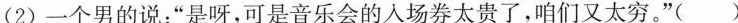
(2)一个男的说：”是呀，可是音乐会的入场券太贵了，咱们又太穷。”( )